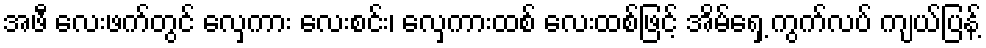
အဖီ လေးဖက်တွင် လှေကား လေးစင်း၊ လှေကားထစ် လေးထစ်ဖြင့် အိမ်ရှေ့ ကွက်လပ် ကျယ်ပြန့်